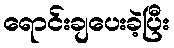
ရောင်းချပေးခဲ့ပြီး